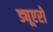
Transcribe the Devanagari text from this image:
ड्यूएरो